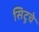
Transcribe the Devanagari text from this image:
सिटूचे